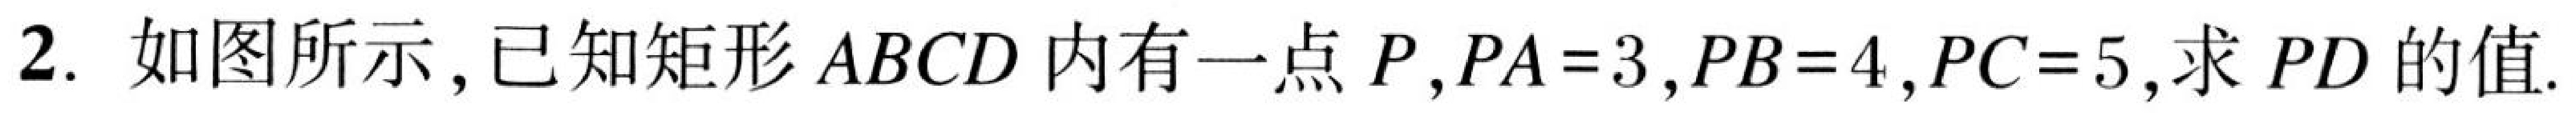
2. 如图所示，已知矩形 \(ABCD\) 内有一点 \(P\)，\(PA = 3\)，\(PB = 4\)，\(PC = 5\)，求 \(PD\) 的值.